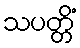
သပတ္တိံ